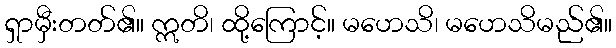
ရှာမှီးတတ်၏။ ဣတိ၊ ထို့ကြောင့်။ မဟေသိ၊ မဟေသိမည်၏။